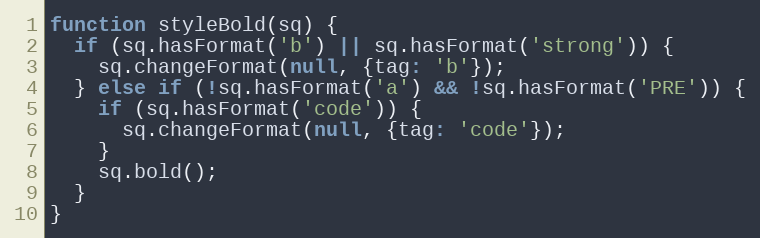
Language: JavaScript
function styleBold(sq) {
  if (sq.hasFormat('b') || sq.hasFormat('strong')) {
    sq.changeFormat(null, {tag: 'b'});
  } else if (!sq.hasFormat('a') && !sq.hasFormat('PRE')) {
    if (sq.hasFormat('code')) {
      sq.changeFormat(null, {tag: 'code'});
    }
    sq.bold();
  }
}